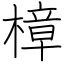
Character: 樟